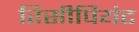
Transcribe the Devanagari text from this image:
रिसीपियंट